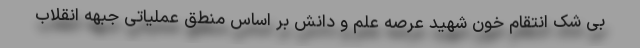
بی شک انتقام خون شهید عرصه علم و دانش بر اساس منطق عملیاتی جبهه انقلاب